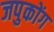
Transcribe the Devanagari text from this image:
जपुकोंग